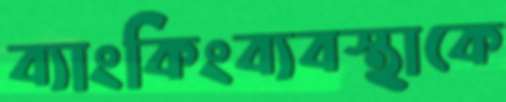
ব্যাংকিংব্যবস্থাকে